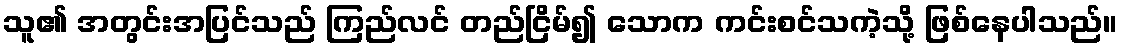
သူ၏ အတွင်းအပြင်သည် ကြည်လင် တည်ငြိမ်၍ သောက ကင်းစင်သကဲ့သို့ ဖြစ်နေပါသည်။